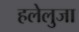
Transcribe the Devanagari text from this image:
हलेलुजा